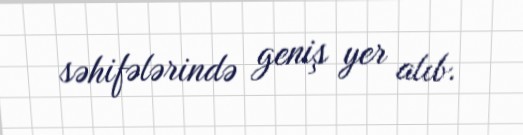
səhifələrində geniş yer alıb.